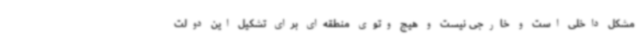
مشکل داخلی است و خارجی نیست و هیچ وتوی منطقه‌ای برای تشکیل این دولت